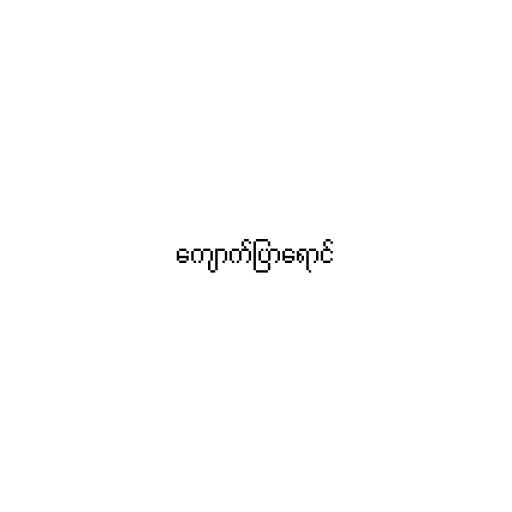
ကျောက်ပြာရောင်